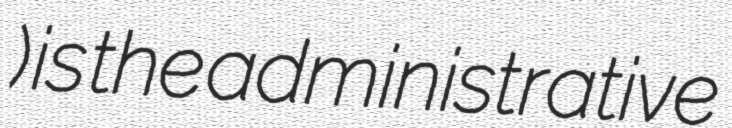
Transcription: སྤུ་ན་ཁ་) is the administrative